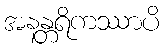
အနန္တရိကဿာပိ